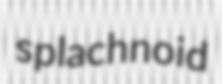
splachnoid